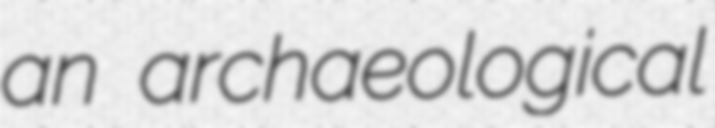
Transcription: an archaeological